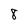
Character: 8